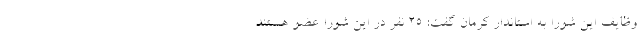
وظایف این شورا به استاندار کرمان گفت: ۲۵ نفر در این شورا عضو هستند